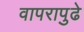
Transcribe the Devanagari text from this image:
वापरापुढे